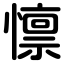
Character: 懔